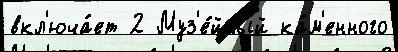
вкл'юча́ет 2 Муз'е́йный ка́м'енного